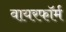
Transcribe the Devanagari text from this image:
वायरफॉर्म